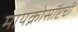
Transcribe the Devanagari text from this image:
मायक्रोसॉप्टची